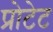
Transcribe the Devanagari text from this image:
प्रोटेट